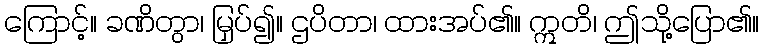
ကြောင့်။ ခဏိတွာ၊ မြှပ်၍။ ဌပိတာ၊ ထားအပ်၏။ ဣတိ၊ ဤသို့ပြော၏။